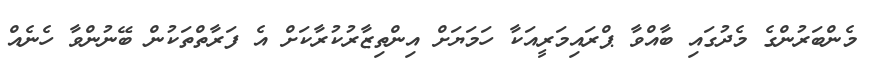
މެންބަރުންގެ މެދުގައި ބާއްވާ ޕްރައިމަރީއަކާ ހަމަޔަށް އިންތިޒާރުކުރާކަށް އެ ފަރާތްތަކުން ބޭނުންވާ ހެނެއް